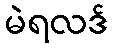
မဲရလဒ်